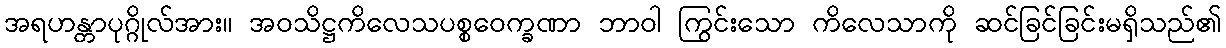
အရဟန္တာပုဂ္ဂိုလ်အား။ အဝသိဋ္ဌကိလေသပစ္စဝေက္ခဏာ ဘာဝါ ကြွင်းသော ကိလေသာကို ဆင်ခြင်ခြင်းမရှိသည်၏